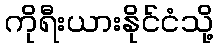
ကိုရီးယားနိုင်ငံသို့